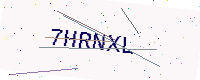
Text: 7HRNXL